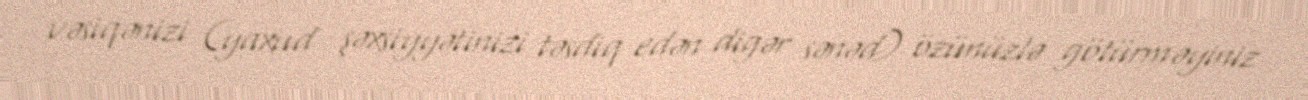
vəsiqənizi (yaxud şəxsiyyətinizi təsdiq edən digər sənəd) özünüzlə götürməyiniz